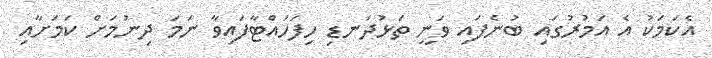
އެކަމަކު އެ އަމުރުގައި ބުނެފައި ވަނީ ތަޅުދަނޑި ހިފަހައްޓާފައިވާ ނަމަ ދިނުމަށް ކަމަށާއި